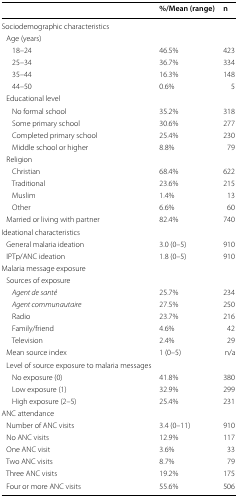
|  | %/Mean (range) | n |
 | --- | --- | --- |
 | <COLSPAN=3> Sociodemographic characteristics |
 | <COLSPAN=3> Age (years) |
 | 18–24 | 46.5% | 423 |
 | 25–34 | 36.7% | 334 |
 | 35–44 | 16.3% | 148 |
 | 44–50 | 0.6% | 5 |
 | <COLSPAN=3> Educational level |
 | No formal school | 35.2% | 318 |
 | Some primary school | 30.6% | 277 |
 | Completed primary school | 25.4% | 230 |
 | Middle school or higher | 8.8% | 79 |
 | <COLSPAN=3> Religion |
 | Christian | 68.4% | 622 |
 | Traditional | 23.6% | 215 |
 | Muslim | 1.4% | 13 |
 | Other | 6.6% | 60 |
 | Married or living with partner | 82.4% | 740 |
 | <COLSPAN=3> Ideational characteristics |
 | General malaria ideation | 3.0 (0–5) | 910 |
 | IPTp/ANC ideation | 1.8 (0–5) | 910 |
 | <COLSPAN=3> Malaria message exposure |
 | <COLSPAN=3> Sources of exposure |
 | Agent de santé | 25.7% | 234 |
 | Agent communautaire | 27.5% | 250 |
 | Radio | 23.7% | 216 |
 | Family/friend | 4.6% | 42 |
 | Television | 2.4% | 29 |
 | Mean source index | 1 (0–5) | n/a |
 | <COLSPAN=3> Level of source exposure to malaria messages |
 | No exposure (0) | 41.8% | 380 |
 | Low exposure (1) | 32.9% | 299 |
 | High exposure (2–5) | 25.4% | 231 |
 | <COLSPAN=3> ANC attendance |
 | Number of ANC visits | 3.4 (0–11) | 910 |
 | No ANC visits | 12.9% | 117 |
 | One ANC visit | 3.6% | 33 |
 | Two ANC visits | 8.7% | 79 |
 | Three ANC visits | 19.2% | 175 |
 | Four or more ANC visits | 55.6% | 506 |